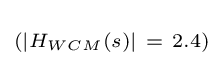
\scriptstyle \left(\left|H_{WCM}\left(s\right)\right|~=~2.4\right)